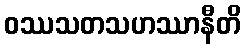
ဝဿသတသဟဿာနီတိ